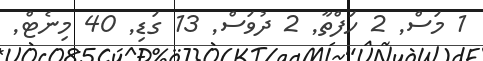
1 މަސް